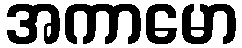
အကာမော